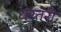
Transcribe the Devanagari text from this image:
धरतरी